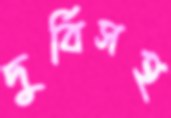
দুর্বিসহ